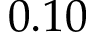
0 . 1 0